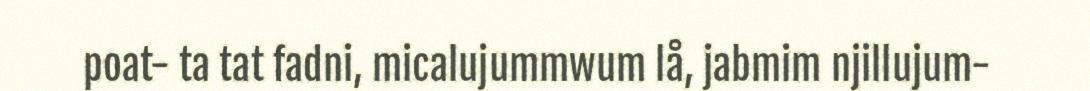
poat- ta tat fadni, micalujummwum lå, jabmim njillujum-